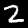
Digit: 2